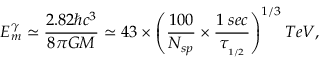
E _ { m } ^ { \gamma } \simeq \frac { 2 . 8 2 \hbar c ^ { 3 } } { 8 \pi G M } \simeq 4 3 \times \left( \frac { 1 0 0 } { N _ { s p } } \times \frac { 1 \; s e c } { \tau _ { _ { 1 / 2 } } } \right) ^ { 1 / 3 } T e V ,